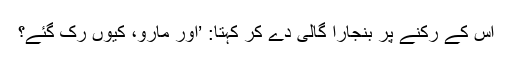
اس کے رکنے پر بنجارا گالی دے کر کہتا: ’اور مارو، کیوں رک گئے؟